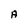
Character: A